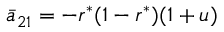
\bar { a } _ { 2 1 } = - r ^ { * } ( 1 - r ^ { * } ) ( 1 + u )